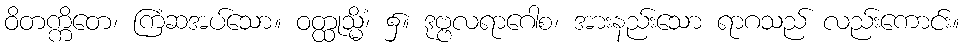
ဝိတက္ကိတေ၊ ကြံဆအပ်သော။ ဝတ္ထုသ္မိံ၊ ၌။ ဒုဗ္ဗလရာဂေါစ၊ အားနည်းသော ရာဂသည် လည်းကောင်း။